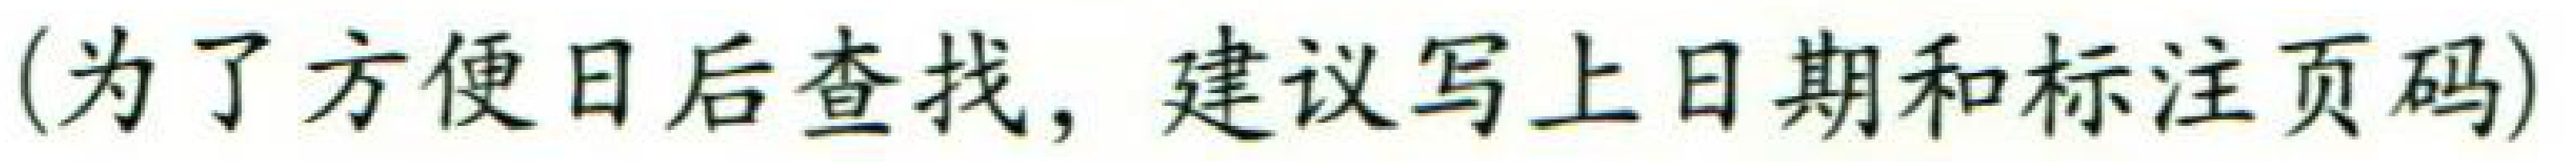
（为了方便日后查找，建议写上日期和标注页码）